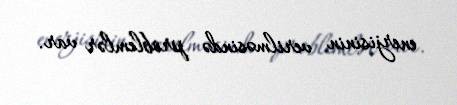
enerjisinin verilməsində problemlər var.